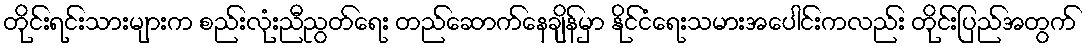
တိုင်းရင်းသားများက စည်းလုံးညီညွတ်ရေး တည်ဆောက်နေချိန်မှာ နိုင်ငံရေးသမားအပေါင်းကလည်း တိုင်းပြည်အတွက်